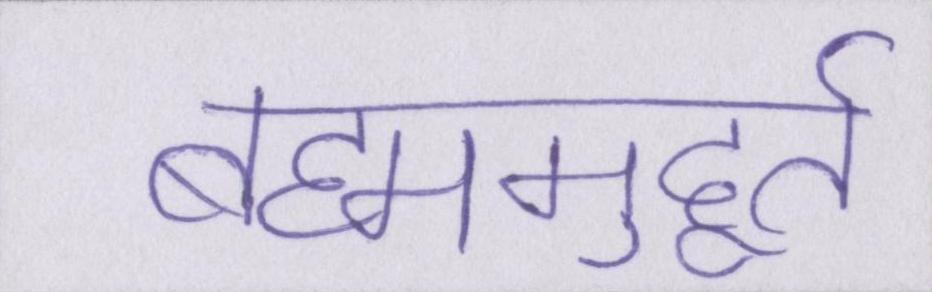
ब्रह्ममुहूर्त